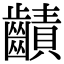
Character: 䶦